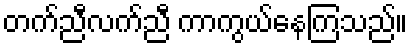
တက်ညီလက်ညီ ကာကွယ်နေကြသည်။